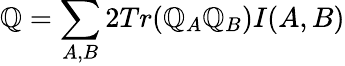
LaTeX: \mathbb{Q}=\sum_{A,B}2Tr(\mathbb{Q}_{A}\mathbb{Q}_{B})I(A,B)